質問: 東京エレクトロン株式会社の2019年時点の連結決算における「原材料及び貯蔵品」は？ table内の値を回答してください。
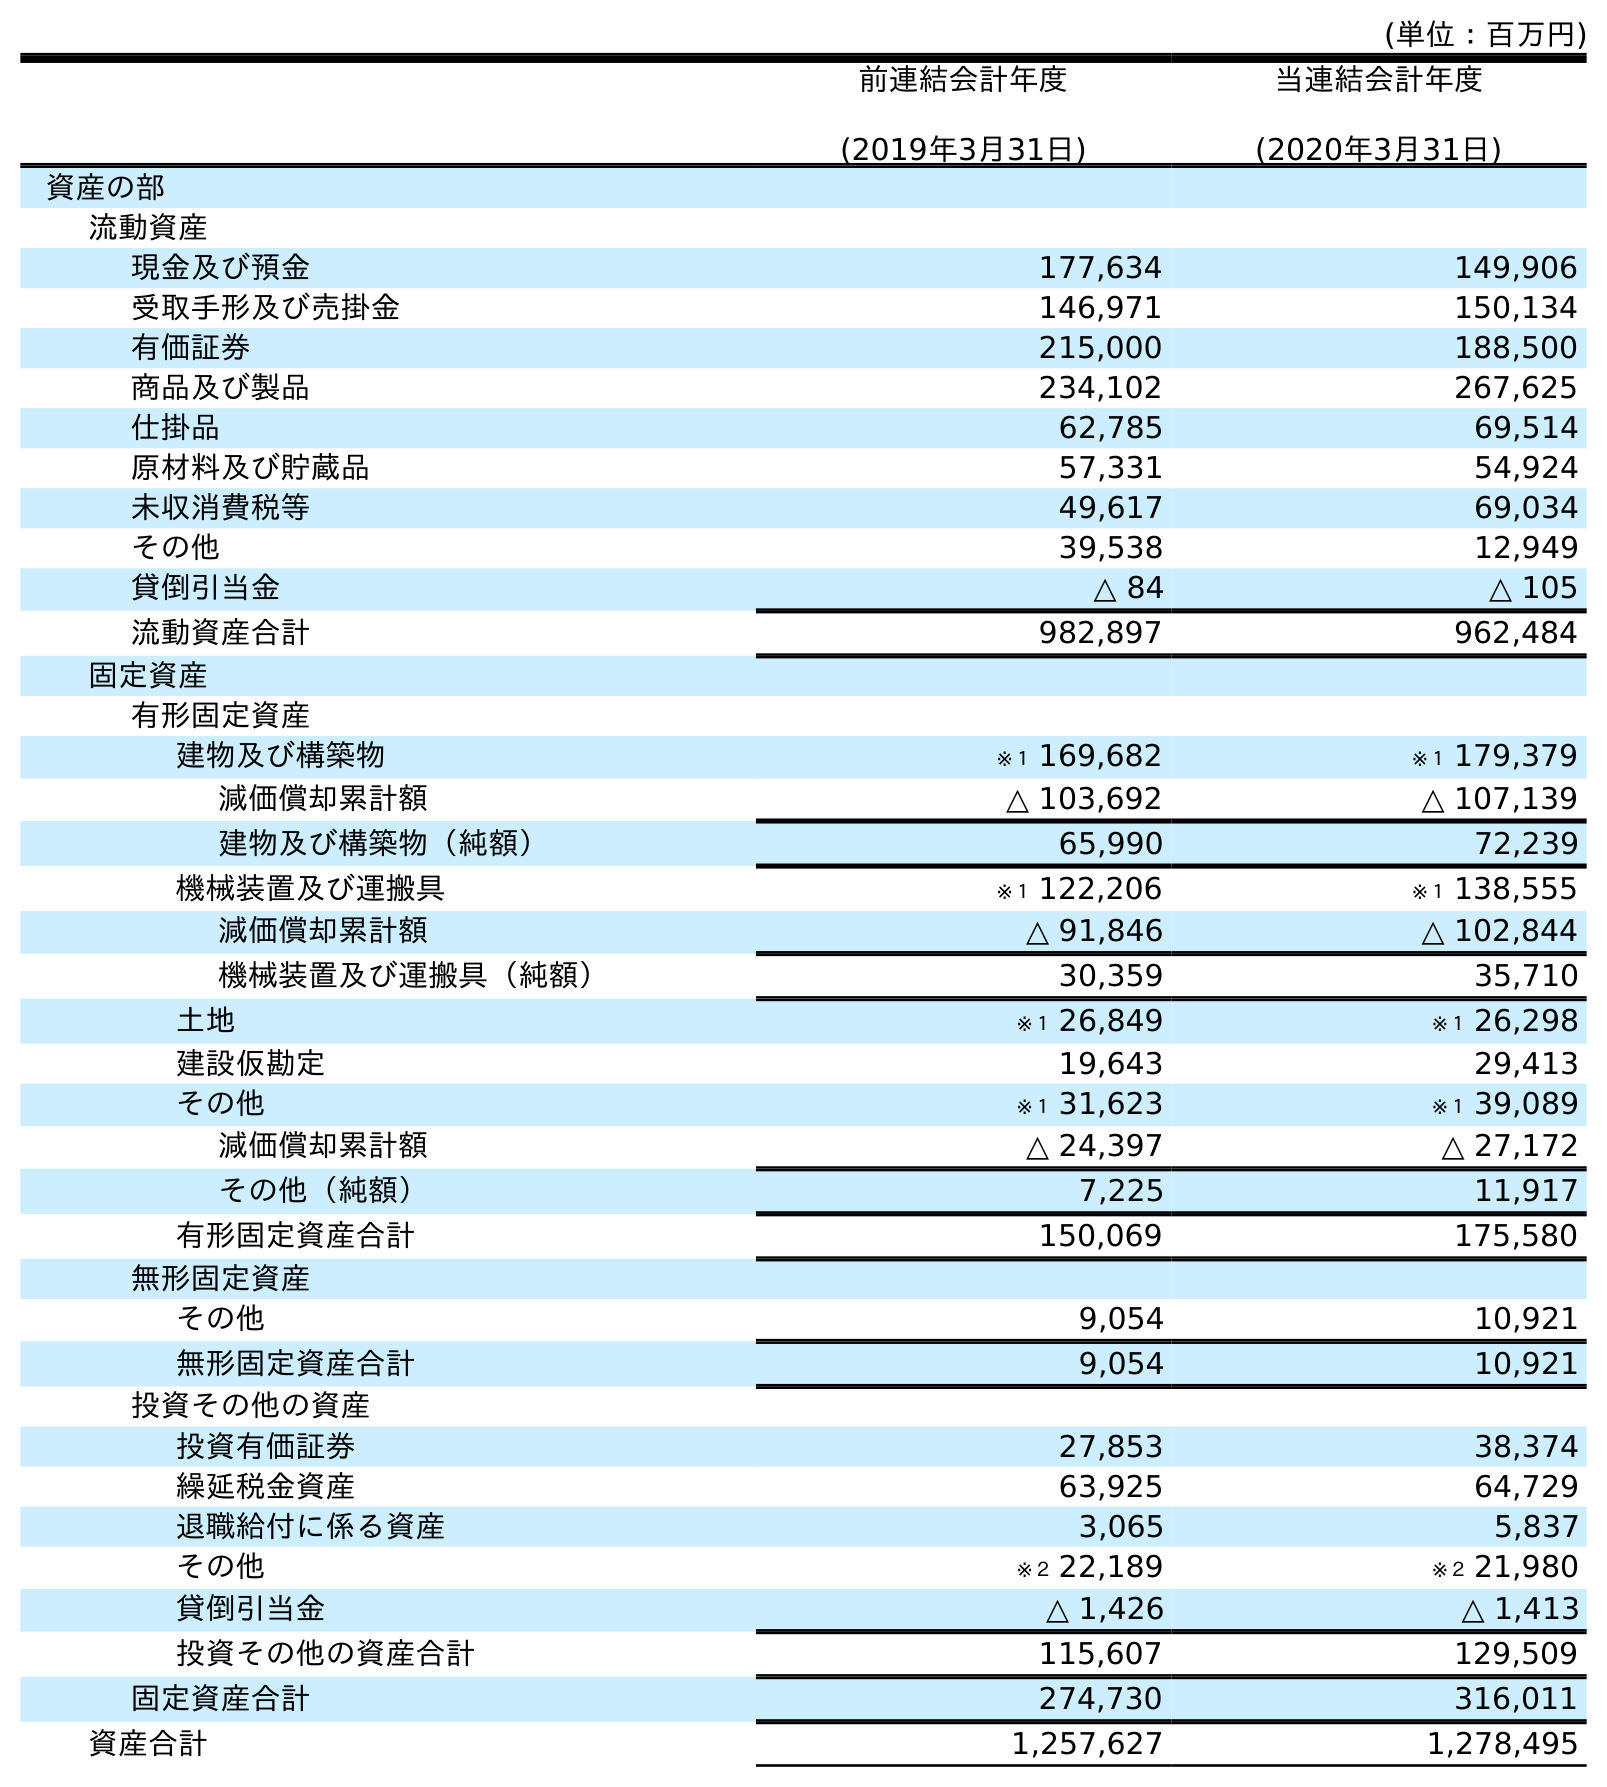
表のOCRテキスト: (単位：百万円) 前連結会計年度 (2019年3月31日) 当連結会計年度 (2020年3月31日) 資産の部 流動資産 現金及び預金 177,634 149,906 受取手形及び売掛金 146,971 150,134 有価証券 215,000 188,500 商品及び製品 234,102 267,625 仕掛品 62,785 69,514 原材料及び貯蔵品 57,331 54,924 未収消費税等 49,617 69,034 その他 39,538 12,949 貸倒引当金 △ 84 △ 105 流動資産合計 982,897 962,484 固定資産 有形固定資産 建物及び構築物 ※１ 169,682 ※１ 179,379 減価償却累計額 △ 103,692 △ 107,139 建物及び構築物（純額） 65,990 72,239 機械装置及び運搬具 ※１ 122,206 ※１ 138,555 減価償却累計額 △ 91,846 △ 102,844 機械装置及び運搬具（純額） 30,359 35,710 土地 ※１ 26,849 ※１ 26,298 建設仮勘定 19,643 29,413 その他 ※１ 31,623 ※１ 39,089 減価償却累計額 △ 24,397 △ 27,172 その他（純額） 7,225 11,917 有形固定資産合計 150,069 175,580 無形固定資産 その他 9,054 10,921 無形固定資産合計 9,054 10,921 投資その他の資産 投資有価証券 27,853 38,374 繰延税金資産 63,925 64,729 退職給付に係る資産 3,065 5,837 その他 ※２ 22,189 ※２ 21,980 貸倒引当金 △ 1,426 △ 1,413 投資その他の資産合計 115,607 129,509 固定資産合計 274,730 316,011 資産合計 1,257,627 1,278,495
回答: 57,331